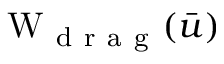
\mathrm W _ { \mathrm { ~ d ~ r ~ a ~ g ~ } } ( \bar { u } )